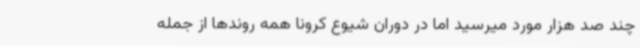
چند صد هزار مورد میرسید اما در دوران شیوع کرونا همه روندها از جمله